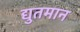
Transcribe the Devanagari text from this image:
द्युतमान